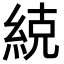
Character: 𮈒